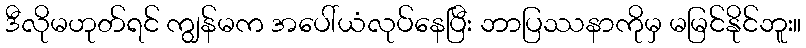
ဒီလိုမဟုတ်ရင် ကျွန်မက အပေါ်ယံလုပ်နေပြီး ဘာပြဿနာကိုမှ မမြင်နိုင်ဘူး။